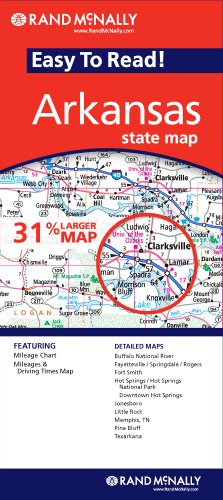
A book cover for Rand McNally Easy to Read! Arkansas State Map; Travel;